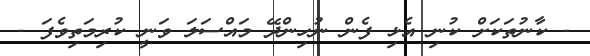
- ކާނުތަކަށް ކުނި އެޅި ފެން ނުހިންދޭ މައްސަލަ ވަނީ ކުރިމަތިވެފަ -